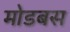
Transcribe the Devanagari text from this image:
मोडबस